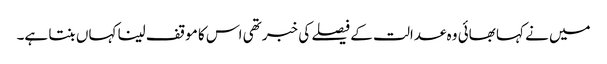
میں نے کہا بھائی وہ عدالت کے فیصلے کی خبر تھی اس کا موقف لینا کہاں بنتا ہے۔